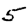
Digit: 5